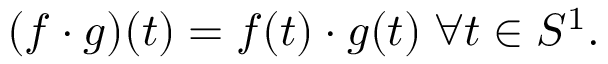
( f \cdot g ) ( t ) = f ( t ) \cdot g ( t ) \; \forall t \in S ^ { 1 } .